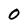
Character: 0